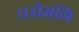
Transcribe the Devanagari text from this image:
प्ररोमंथि